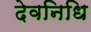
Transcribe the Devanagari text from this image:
देवनिधि